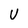
Character: U